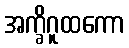
အက္ခိဂူထကော